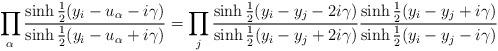
LaTeX: \begin{align*}\prod_\alpha {\sinh{1\over 2}(y_i-u_\alpha-i\gamma)\over \sinh{1\over 2}(y_i-u_\alpha+i\gamma)} =\prod_j {\sinh{1\over 2}(y_i-y_j-2i\gamma)\over \sinh{1\over 2}(y_i-y_j+2i\gamma)}{\sinh{1\over 2}(y_i-y_j+i\gamma)\over \sinh{1\over 2}(y_i-y_j-i\gamma)}\end{align*}